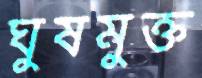
ঘুষমুক্ত